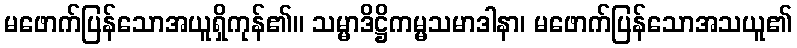
မဖောက်ပြန်သောအယူရှိကုန်၏။ သမ္မာဒိဋ္ဌိကမ္မသမာဒါနာ၊ မဖောက်ပြန်သောအသယူ၏